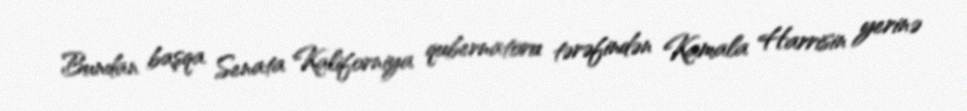
Bundan başqa Senata Kaliforniya qubernatoru tərəfindən Kamala Harrisin yerinə